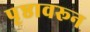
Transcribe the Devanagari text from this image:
पृष्ठावरून